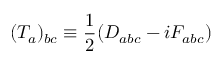
( T _ { a } ) _ { b c } \equiv \frac { 1 } { 2 } ( D _ { a b c } - i F _ { a b c } )